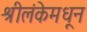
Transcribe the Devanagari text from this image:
श्रीलंकेमधून